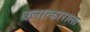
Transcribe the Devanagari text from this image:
बलात्‍काराला